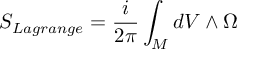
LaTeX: { \cal { S } } _ { L a g r a n g e } = \frac { i } { 2 \pi } \int _ { \cal { M } } d V \wedge \Omega { }